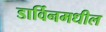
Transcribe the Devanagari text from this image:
डार्विनमधील